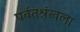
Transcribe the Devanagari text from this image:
पर्वतश्रृंखला